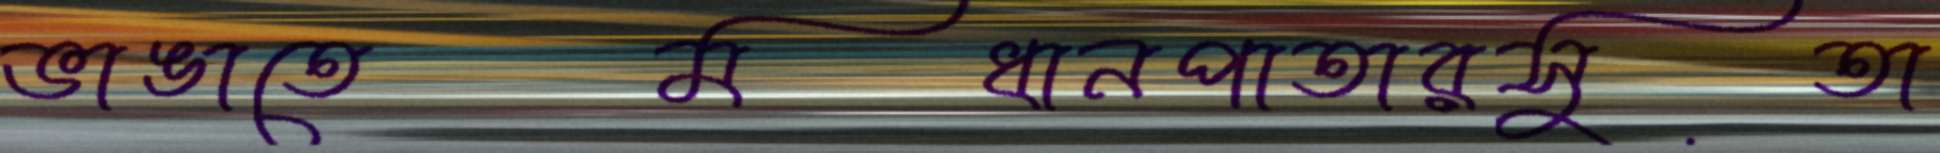
ভাঙাতেমধানপাতারসুতা